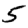
Digit: 5